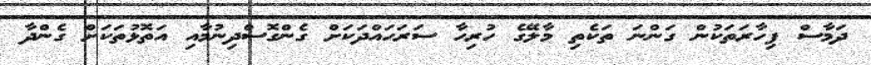
ދަމާސް ފިހާރަތަކުން ގަންނަ ތަކެތި މާލޭގެ ހުރިހާ ސަރަހައްދަކަށް ގެންގޮސްދިނުމާއި އަތޮޅުތަކަށް ގެންދާ